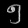
Digit: ၅